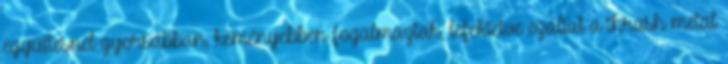
együttesnél gyorsabban, keményebben fogalmaztak, lefektetve ezáltal a thrash metal